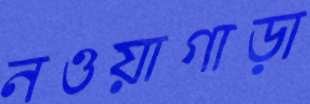
নওয়াগাড়া